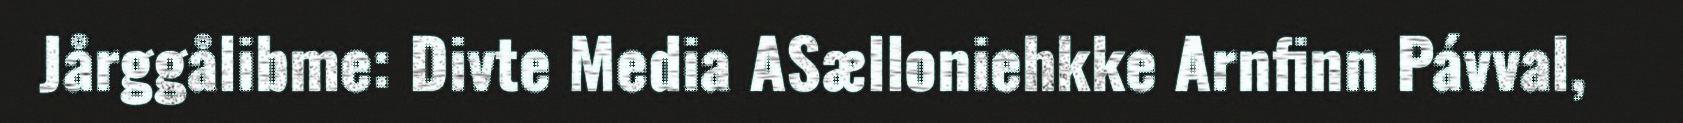
Jårggålibme: Divte Media ASælloniehkke Arnfinn Pávval,